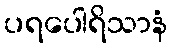
ပရပေါရိသာနံ